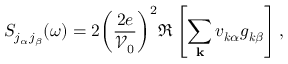
S _ { j _ { \alpha } j _ { \beta } } ( \omega ) = 2 \bigg ( \frac { 2 e } { \mathcal { V } _ { 0 } } \bigg ) ^ { 2 } \Re \left[ \sum _ { \mathbf { k } } v _ { \boldsymbol { k } \alpha } g _ { \boldsymbol { k } \beta } \right] ,